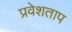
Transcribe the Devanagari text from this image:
प्रवेशताप